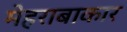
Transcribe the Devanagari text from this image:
मेहराबाकार